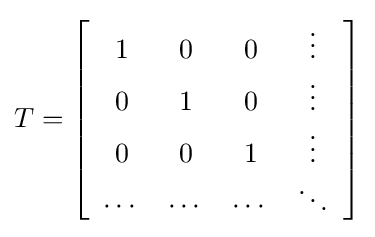
T=\left[{\begin{array}{cccc}1&0&0&\vdots \\0&1&0&\vdots \\0&0&1&\vdots \\\cdots &\cdots &\cdots &\ddots \end{array}}\right]